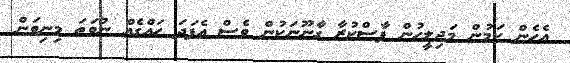
އެހެން ކަމުން މަޖިލީހުން ފާސްކުރާ ގާނޫނަކުން ވެސް އެފަދަ ހައްގެއް ނުވަތަ މިނިވަން